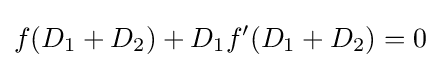
f(D_{1}+D_{2})+D_{1}f'(D_{1}+D_{2})=0